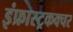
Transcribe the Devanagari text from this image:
इंफ्रास्ट्रकक्चर